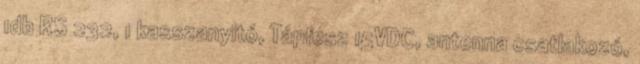
1db RS 232, 1 kasszanyitó, Tápfesz 15VDC, antenna csatlakozó,